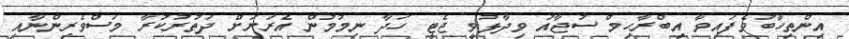
އިންތިހާބުވެފައިވާ އިބްރާހިމް ސުޖާއު ވިދާޅުވީ ޖެޓީ ހަދާ ނިމުމުން އެރަށަށް ދަތުރުކުރާ މަސްވެރިންނާއި